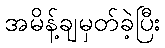
အမိန့်ချမှတ်ခဲ့ပြီး